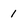
Character: 1